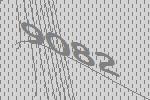
9082